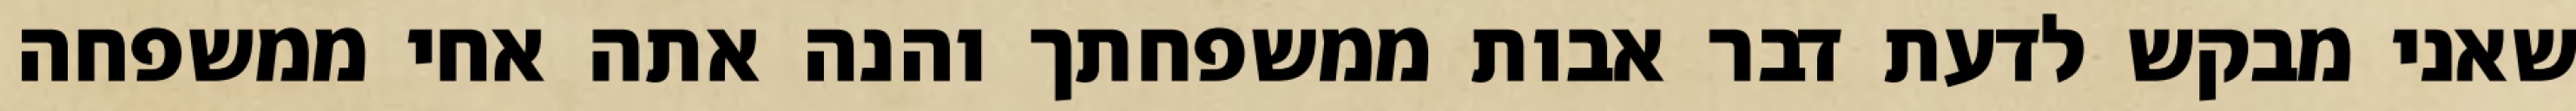
שאני מבקש לדעת דבר אבות ממשפחתך והנה אתה אחי ממשפחה